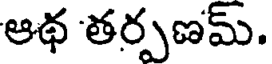
ఆథ తర్పణమ్.